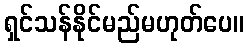
ရှင်သန်နိုင်မည်မဟုတ်ပေ။